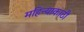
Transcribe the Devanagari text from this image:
महिन्याकाठी